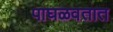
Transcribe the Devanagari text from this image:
पाघळवतात